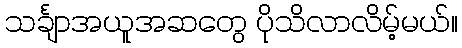
သင်္ချာအယူအဆတွေ ပိုသိလာလိမ့်မယ်။